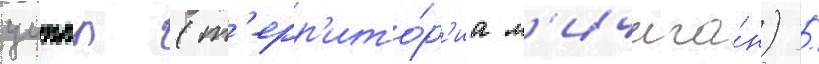
уиппл (т'ерр'ито́р'иа м'ичига́н) /